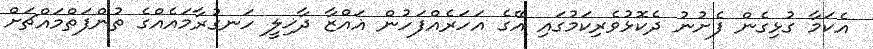
އެކަމާ ގުޅިގެން ފެށުނު ދެކޮޅުވެރިކަމުގައި އޭގެ އަހަރެއްފަހުން ޣައްޒާ ދާޚިލީ ހަނގުރާމައެއްގެ ތުންފަތްމައްޗަށް